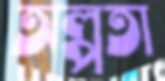
অল্পতা